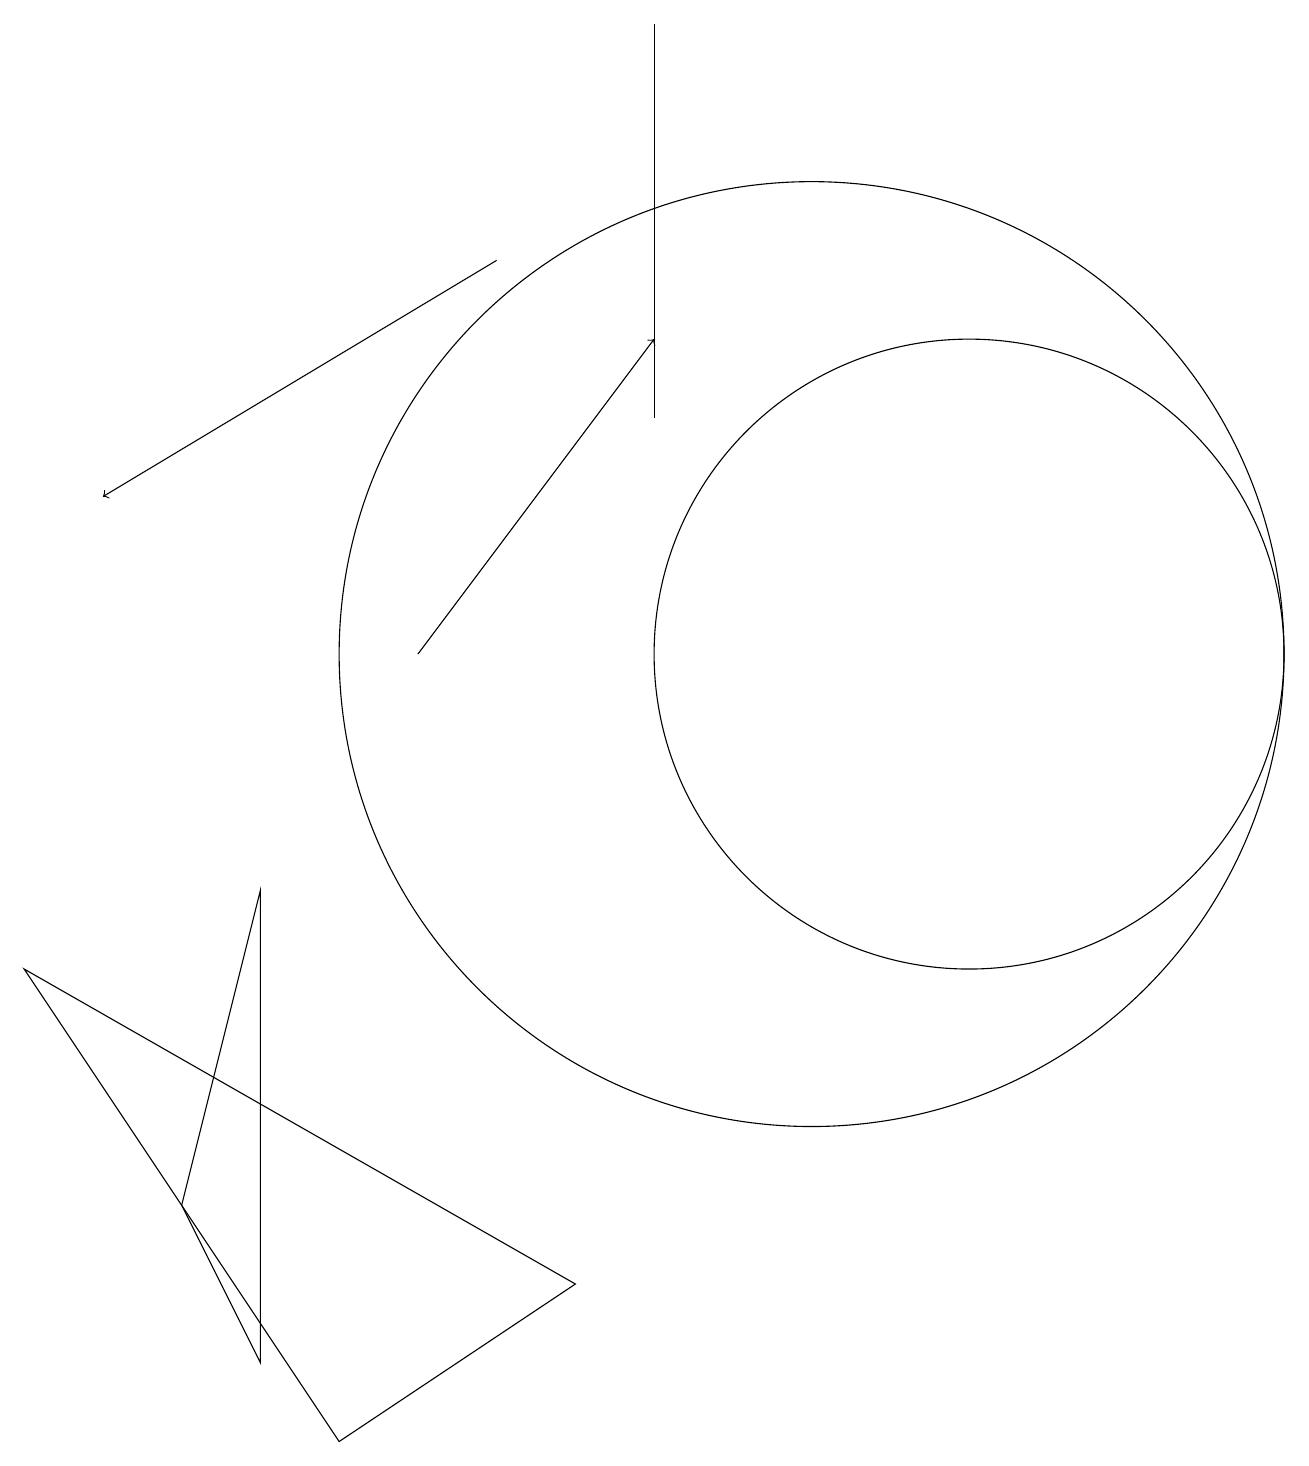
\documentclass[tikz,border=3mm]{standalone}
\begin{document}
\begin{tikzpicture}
\draw (10,10) circle (6);
\draw (12,10) circle (4);
\draw[->] (6,15) -- (1,12);
\draw (0,6) -- (7,2) -- (4,0) -- cycle;
\draw[->] (5,10) -- (8,14);
\draw (3,7) -- (3,1) -- (2,3) -- cycle;
\draw (8,13) rectangle (8,18);
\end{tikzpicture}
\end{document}